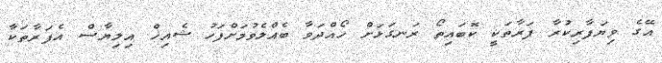
އޭގެ ވިޔަފާރިކުރާ ފަރާތަކީ ކޮބައިތޯ ރަނގަޅަށް ހޯއްދަވާ ބެއްލެވުމަށްފަހު ޝެއިޚް އިލިޔާސް އެފަރާތަކާ